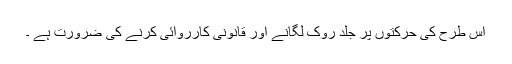
اس طرح کی حرکتوں پر جلد روک لگانے اور قانونی کارروائی کرنے کی ضرورت ہے ۔